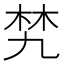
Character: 㭝